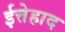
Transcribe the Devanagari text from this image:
ईत्तेहाद